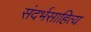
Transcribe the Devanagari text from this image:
संदर्भसाहित्य